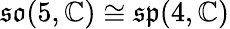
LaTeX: {\mathfrak{so}}(5,\mathbb{C})\cong{\mathfrak{sp}}(4,\mathbb{C})